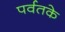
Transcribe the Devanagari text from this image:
पर्वतके